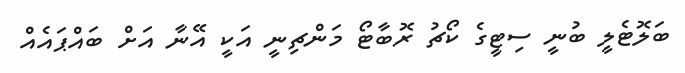
ބަލޮޓެލީ ބުނީ ސިޓީގެ ކޯޗު ރޮބާޓޯ މަންޗިނީ އަކީ އޭނާ އަށް ބައްޕައެއް